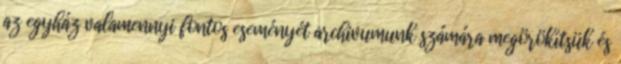
az egyház valamennyi fontos eseményét archivumunk számára megörökítsük és